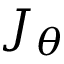
J _ { \theta }